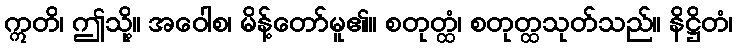
ဣတိ၊ ဤသို့။ အဝေါစ၊ မိန့်တော်မူ၏။ စတုတ္ထံ၊ စတုတ္ထသုတ်သည်။ နိဋ္ဌိတံ၊